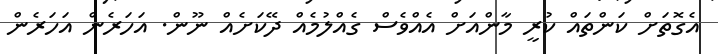
އެގޮތަށް ކަންތައް ކުރީ މާންއަށް އެއްވެސް ގެއްލުމެއް ދޭކަށެއް ނޫން. އަހަރެން އަހަރެން